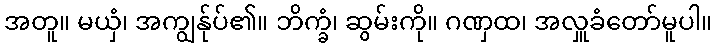
အတူ။ မယှံ၊ အကျွန်ုပ်၏။ ဘိက္ခံ၊ ဆွမ်းကို။ ဂဏှထ၊ အလှူခံတော်မူပါ။